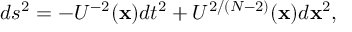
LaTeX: d s ^ { 2 } = - U ^ { - 2 } ( { \bf { x } } ) d t ^ { 2 } + U ^ { 2 / ( N - 2 ) } ( { \bf { x } } ) d { \bf { x } } ^ { 2 } ,